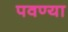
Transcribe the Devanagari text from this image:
पवण्या